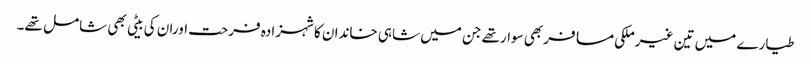
طیارے میں تین غیرملکی مسافربھی سوارتھے جن میں شاہی خاندان کاشہزادہ فرحت اوران کی بیٹی بھی شامل تھے۔